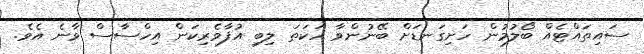
ސައިތައްޓެއް ބޯލުމުން ހަށިގަނޑަށް ބޭނުންވާ ހަކަތަ ލިބި އުފާވެރިކަން އިހްސާސް ވާނެ އެވެ.